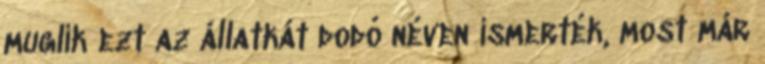
muglik ezt az állatkát dodó néven ismerték, most már